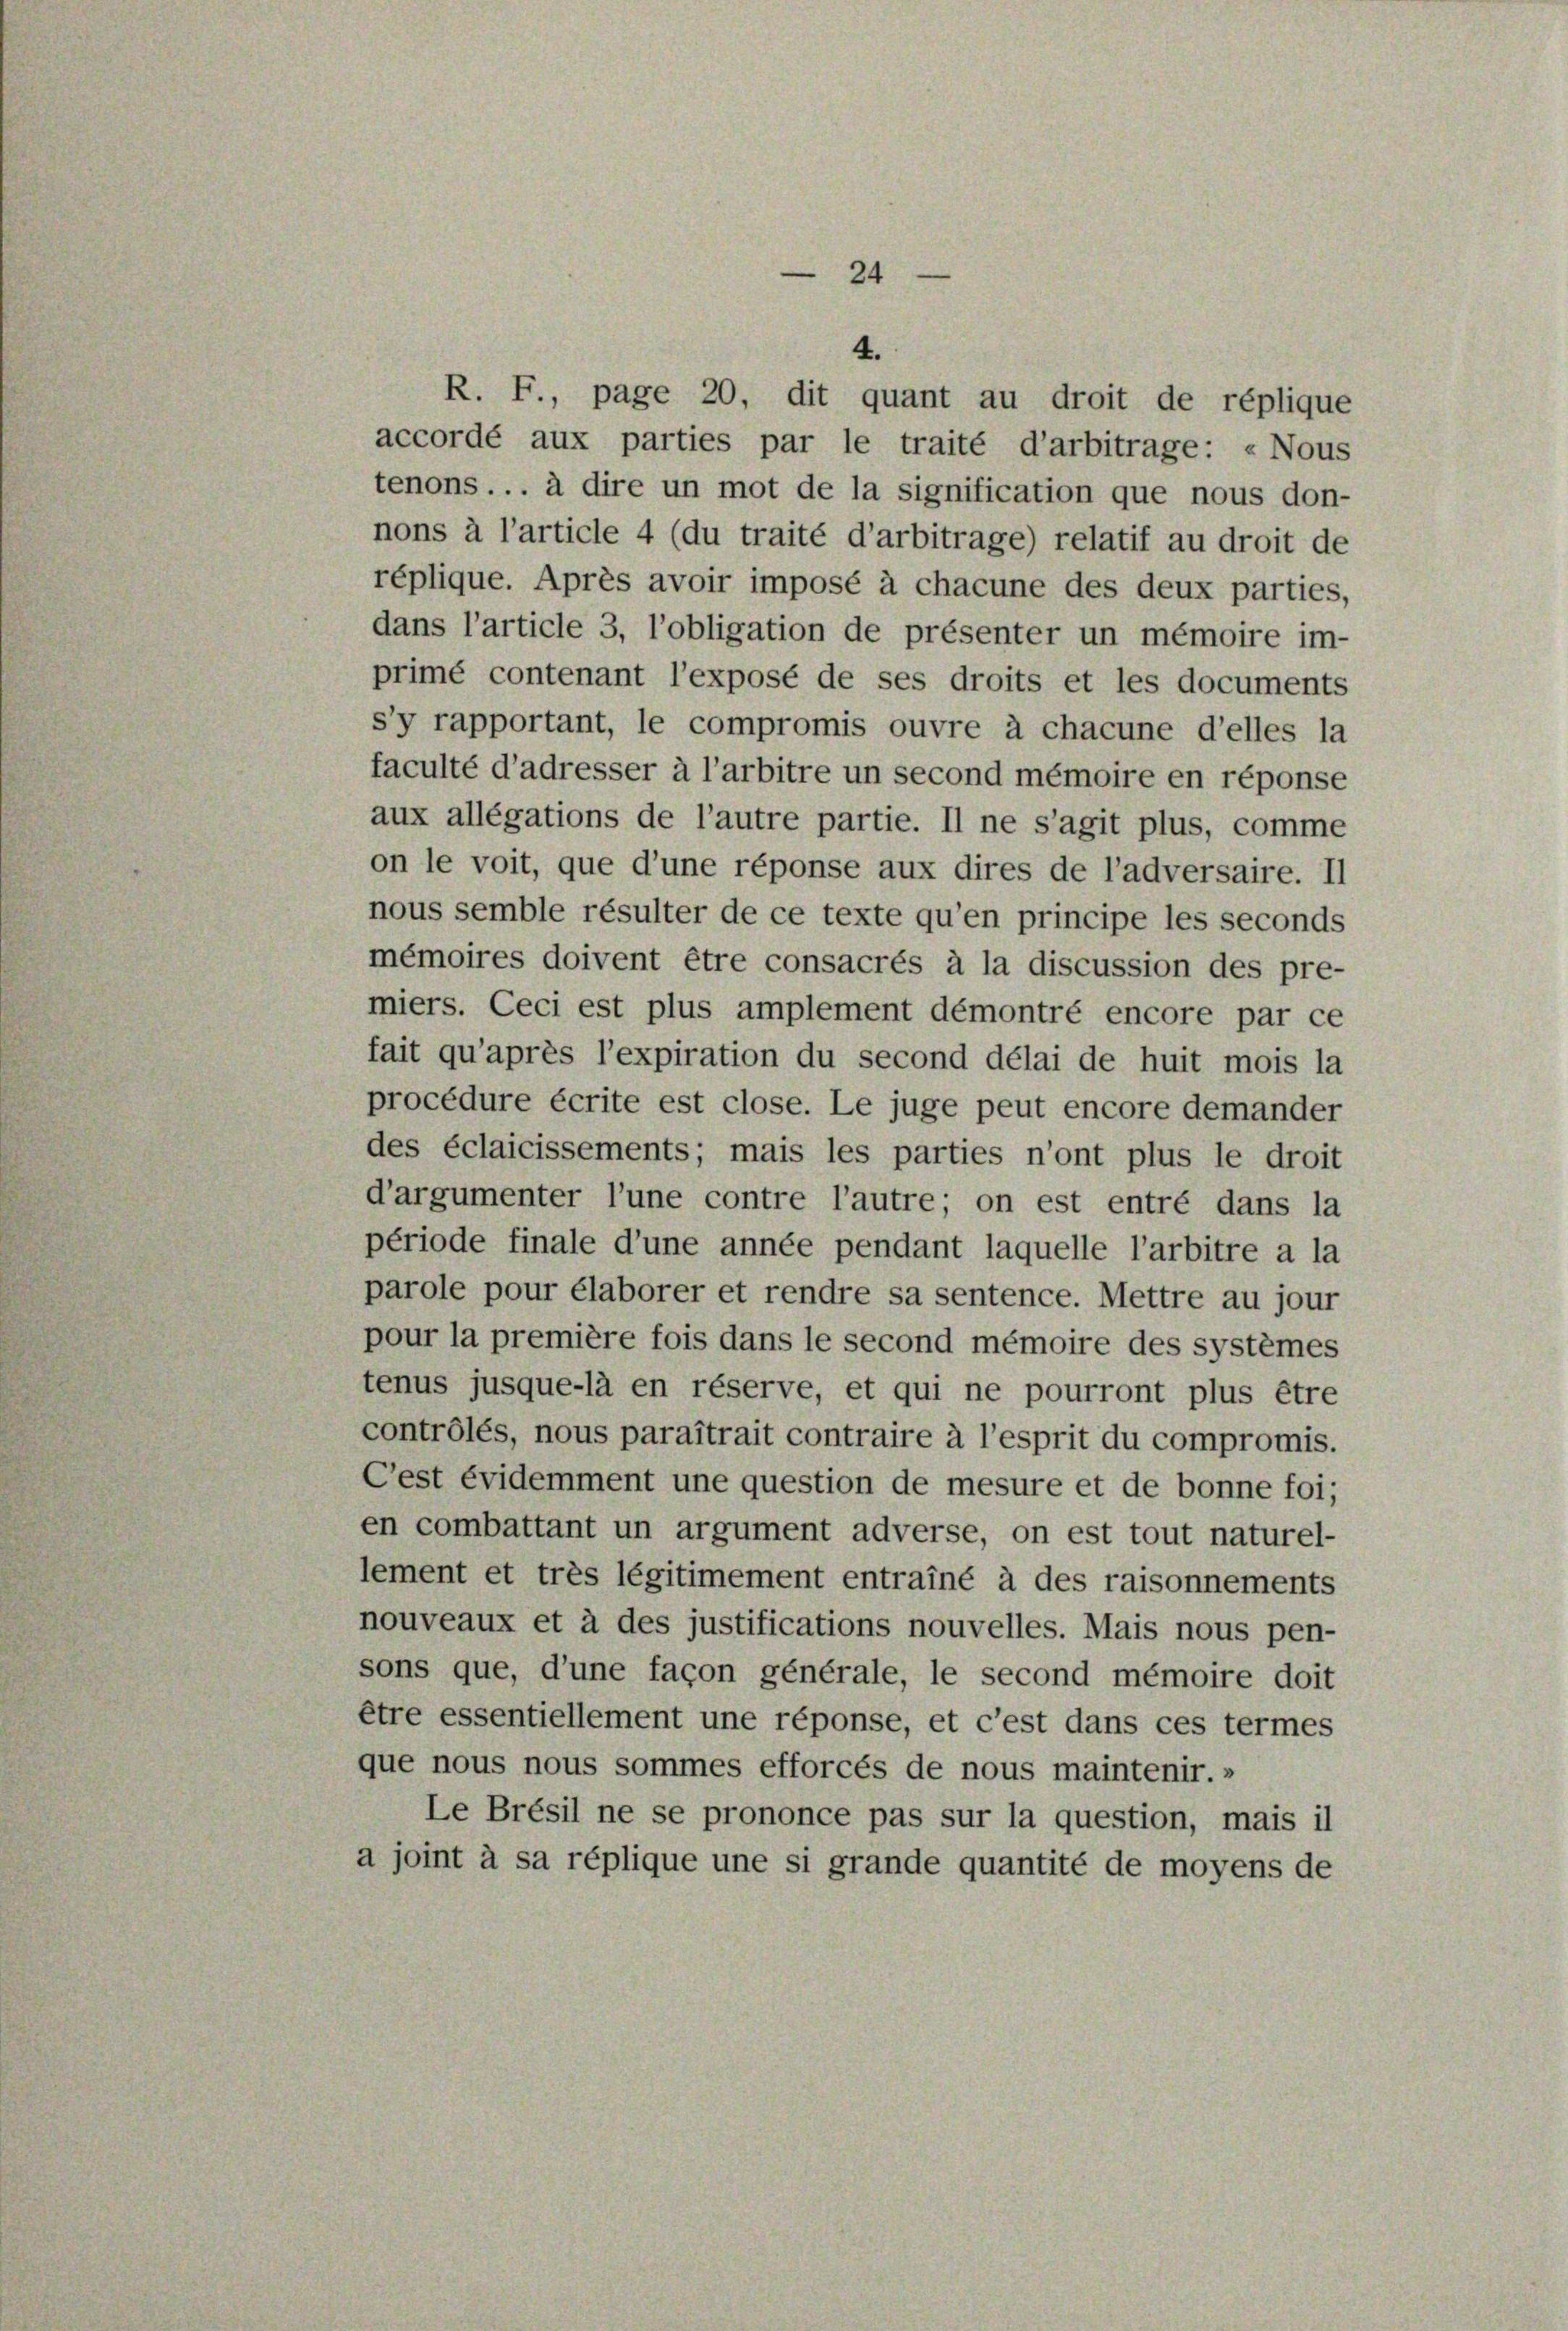
24

R. F., page 20, dit quant au droit de réplique
accordé aux parties par le traité d’arbitrage: «Nous
tenons ... à dire un mot de la signification que nous don-
nons à l’article 4 (du traité d’arbitrage) relatif au droit de
réplique. Après avoir imposé à chacune des deux parties,
dans l’article 3, l’obligation de présenter un mémoire im-
primé contenant l’exposé de ses droits et les documents
s’y rapportant, le compromis ouvre à chacune d’elles la
faculté d’adresser à l’arbitre un second mémoire en réponse
aux allégations de l’autre partie. Il ne s’agit plus, comme
on le voit, que d’une réponse aux dires de l’adversaire. Il
nous semble résulter de ce texte qu’en principe les seconds
mémoires doivent être consacrés à la discussion des pre-
miers. Ceci est plus amplement démontré encore par ce
fait qu’après l’expiration du second délai de huit mois la
procédure écrite est close. Le juge peut encore demander
des éclaicissements; mais les parties n’ont plus le droit
d’argumenter l’une contre l’autre; on est entré dans la
période finale d’une année pendant laquelle l’arbitre a la
parole pour élaborer et rendre sa sentence. Mettre au jour
pour la première fois dans le second mémoire des systèmes
tenus jusque-là en réserve, et qui ne pourront plus être
contrôlés, nous paraîtrait contraire à l’esprit du compromis.
Cest évidemment une question de mesure et de bonne foi;
en combattant un argument adverse, on est tout naturel-
lement et très légitimement entrainé à des raisonnements
nouveaux et à des justifications nouvelles. Mais nous pen-
sons que, d’une façon générale, le second mémoire doit
être essentiellement une réponse, et c’est dans ces termes
que nous nous sommes efforcés de nous maintenir.»
Le Brésil ne se prononce pas sur la question, mais il
a joint à sa réplique une si grande quantité de moyens de